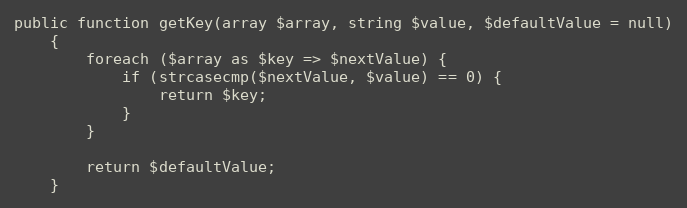
Language: PHP
public function getKey(array $array, string $value, $defaultValue = null)
    {
        foreach ($array as $key => $nextValue) {
            if (strcasecmp($nextValue, $value) == 0) {
                return $key;
            }
        }

        return $defaultValue;
    }